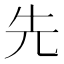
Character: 先